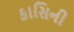
કાસિની